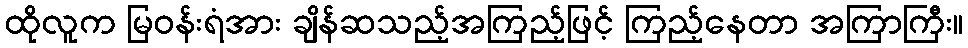
ထိုလူက မြဝန်းရံအား ချိန်ဆသည့်အကြည့်ဖြင့် ကြည့်နေတာ အကြာကြီး။